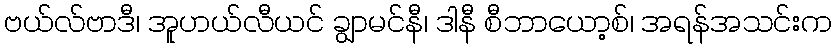
ဗယ်လ်ဗာဒီ၊ အူဟယ်လီယင် ချွာမင်နီ၊ ဒါနီ စီဘာယော့စ်၊ အရန်အသင်းက